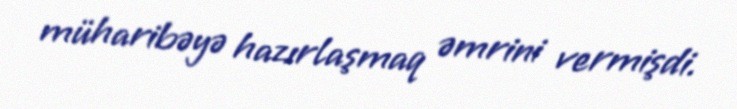
müharibəyə hazırlaşmaq əmrini vermişdi.